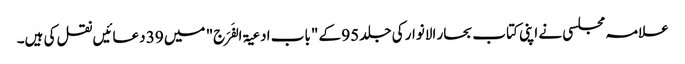
علامہ مجلسی نے اپنی کتاب بحار الانوار کی جلد 95 کے "باب ادعیۃ الفَرَج" میں 39 دعائیں نقل کی ہیں۔